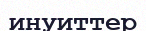
инуиттер